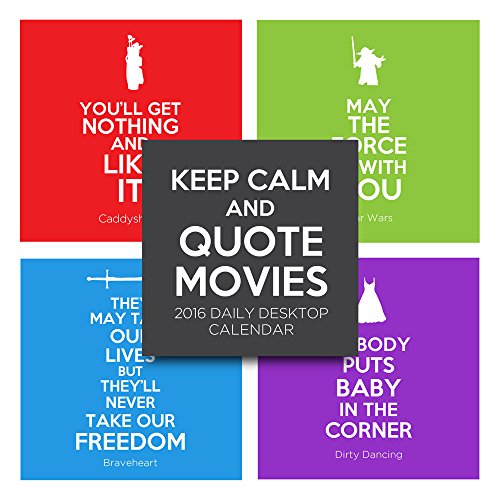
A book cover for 2016 Keep Calm and Quote Movies Daily Desktop Calendar; TF Publishing; Calendars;